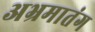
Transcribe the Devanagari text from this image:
अभ्रमातंग